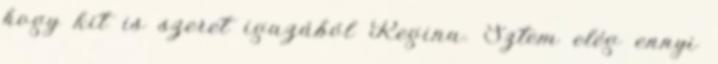
hogy kit is szeret igazából Regina. Sztem elég ennyi